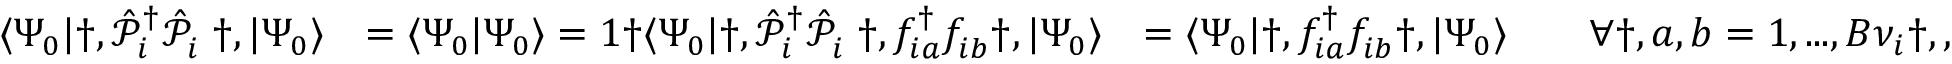
\begin{array} { r l r } { \langle \Psi _ { 0 } | \dag , \hat { \mathcal { P } } _ { i } ^ { { \dagger } } \hat { \mathcal { P } } _ { i } ^ { \phantom { \dagger } } \dag , | \Psi _ { 0 } \rangle } & { = \langle \Psi _ { 0 } | \Psi _ { 0 } \rangle = 1 \dag \langle \Psi _ { 0 } | \dag , \hat { \mathcal { P } } _ { i } ^ { { \dagger } } \hat { \mathcal { P } } _ { i } ^ { \phantom { \dagger } } \dag , f _ { i a } ^ { \dagger } f _ { i b } ^ { \phantom { \dagger } } \dag , | \Psi _ { 0 } \rangle } & { = \langle \Psi _ { 0 } | \dag , f _ { i a } ^ { \dagger } f _ { i b } ^ { \phantom { \dagger } } \dag , | \Psi _ { 0 } \rangle \qquad \forall \dag , a , b = 1 , . . . , B { \nu } _ { i } \dag , , } \end{array}